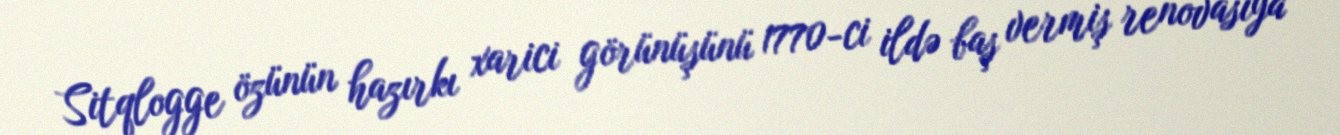
Sitqlogge özünün hazırkı xarici görünüşünü 1770-ci ildə baş vermiş renovasiya